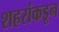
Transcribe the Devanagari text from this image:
शहरांकडून